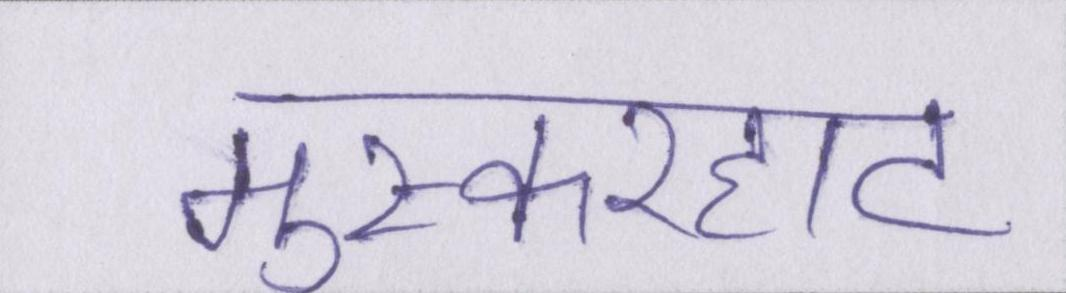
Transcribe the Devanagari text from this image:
मुस्करहाट